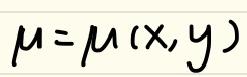
\(\mu=\mu(x,y)\)